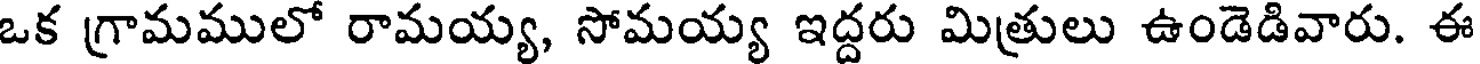
ఒక గ్రామములో రామయ్య, సోమయ్య ఇద్దరు మిత్రులు ఉండెడివారు. ఈ